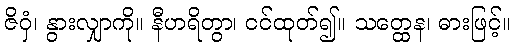
ဇိဝှံ၊ နွားလျှာကို။ နီဟရိတွာ၊ ငင်ထုတ်၍။ သတ္ထေန၊ ဓားဖြင့်။